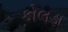
કોલડા